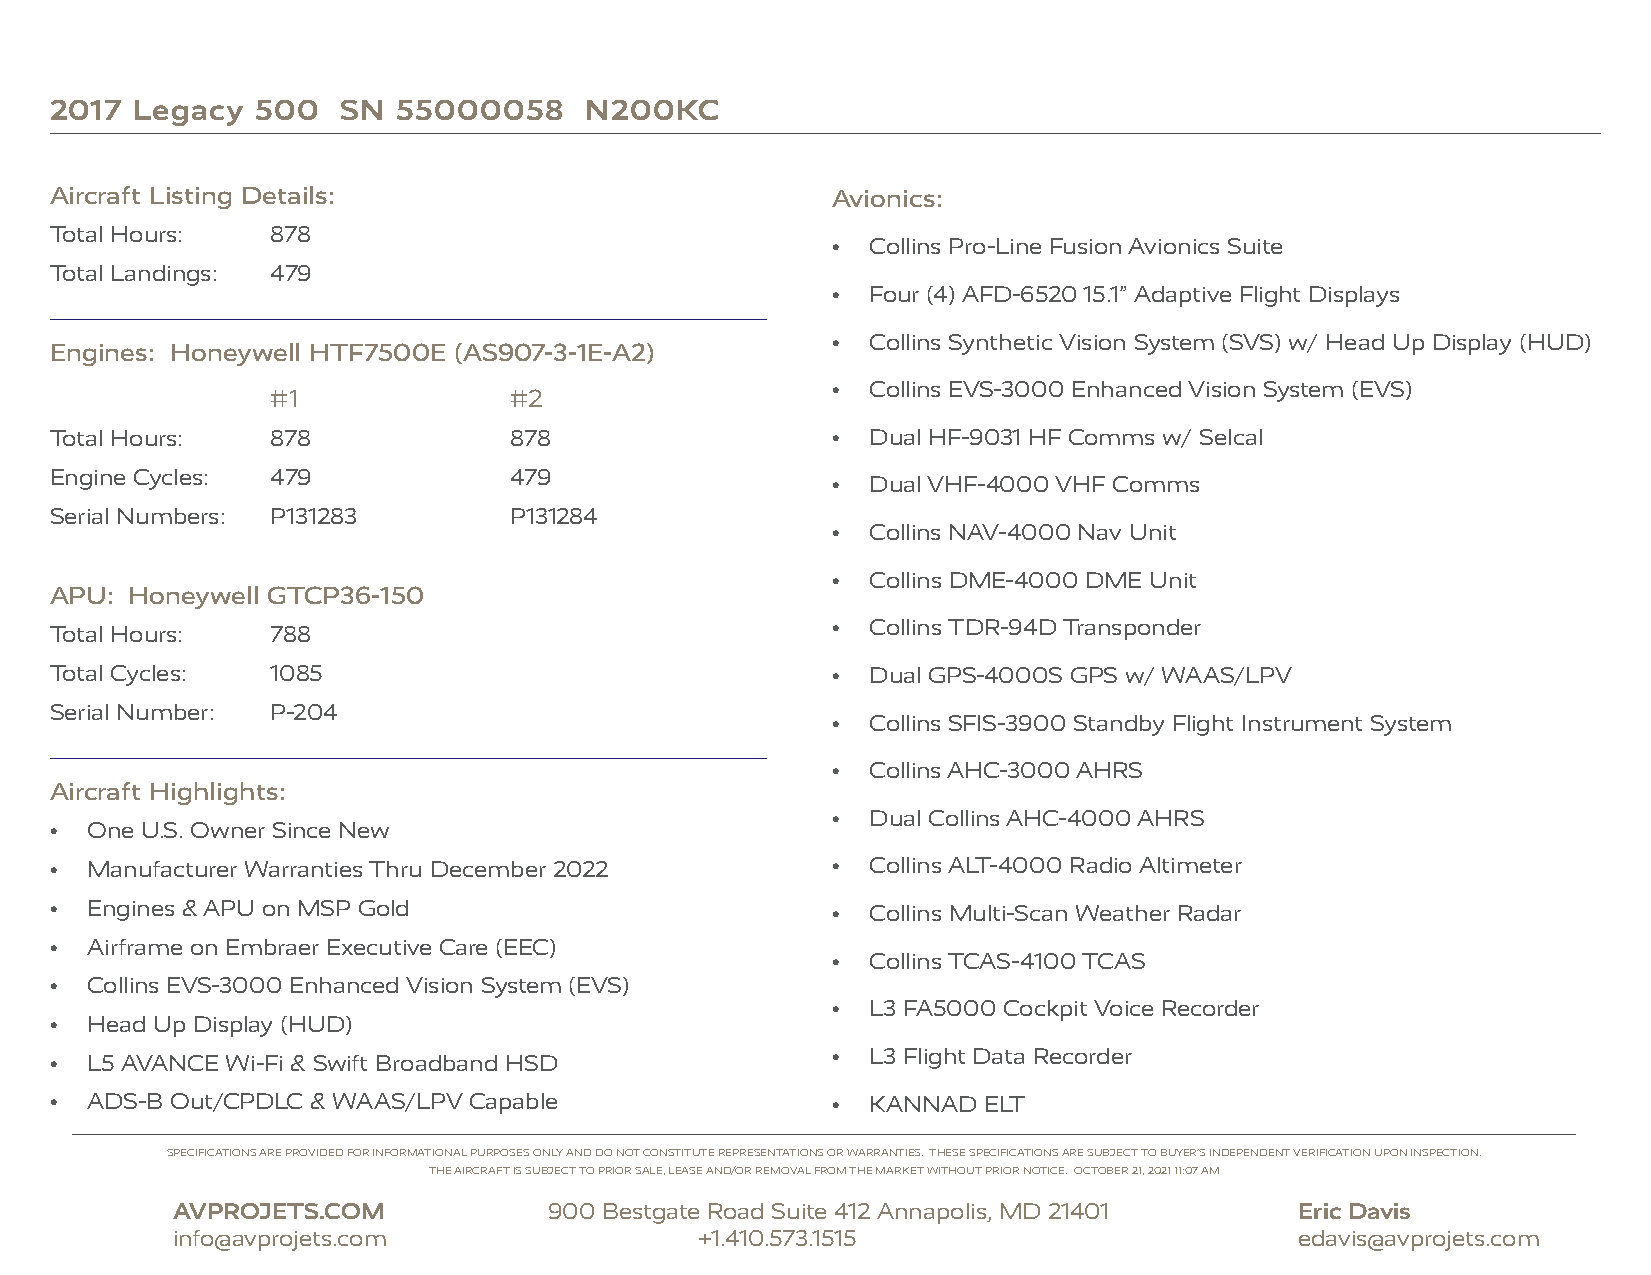
2017  Legacy  500   SN 55000058     N200KC
 Aircraft Listing Details:                           Avionics:
 Total Hours:   878
 •  Collins Pro-Line Fusion Avionics Suite
 Total Landings: 479
 •  Four (4) AFD-6520 15.1” Adaptive Flight Displays
 •  Collins Synthetic Vision System (SVS) w/ Head Up Display (HUD)
 Engines: Honeywell HTF7500E (AS907-3-1E-A2)
 #1              #2
 •  Collins EVS-3000 Enhanced Vision System (EVS)
 Total Hours:   878             878                  •  Dual HF-9031 HF Comms w/ Selcal
 Engine Cycles: 479             479
 •  Dual VHF-4000 VHF Comms
 Serial Numbers: P131283        P131284
 •  Collins NAV-4000 Nav Unit
 •  Collins DME-4000 DME Unit
 APU:  Honeywell GTCP36-150
 •  Collins TDR-94D Transponder
 Total Hours:   788
 Total Cycles:  1085                                 •  Dual GPS-4000S GPS w/ WAAS/LPV
 Serial Number: P-204
 •  Collins SFIS-3900 Standby Flight Instrument System
 •  Collins AHC-3000 AHRS
 Aircraft Highlights:
 •  Dual Collins AHC-4000 AHRS
 •  One U.S. Owner Since New
 •  Manufacturer Warranties Thru December 2022       •  Collins ALT-4000 Radio Altimeter
 •  Engines & APU on MSP Gold                        •  Collins Multi-Scan Weather Radar
 •  Airframe on Embraer Executive Care (EEC)
 •  Collins TCAS-4100 TCAS
 •  Collins EVS-3000 Enhanced Vision System (EVS)
 •  L3 FA5000 Cockpit Voice Recorder
 •  Head Up Display (HUD)
 •  L3 Flight Data Recorder
 •  L5 AVANCE Wi-Fi & Swift Broadband HSD
 •  ADS-B Out/CPDLC & WAAS/LPV Capable               •  KANNAD ELT
 SPECIFICATIONS ARE PROVIDED FOR INFORMATIONAL PURPOSES ONLY AND DO NOT CONSTITUTE REPRESENTATIONS OR WARRANTIES. THESE SPECIFICATIONS ARE SUBJECT TO BUYER’S INDEPENDENT VERIFICATION UPON INSPECTION.
 THE AIRCRAFT IS SUBJECT TO PRIOR SALE, LEASE AND/OR REMOVAL FROM THE MARKET WITHOUT PRIOR NOTICE. OCTOBER 21, 2021 11:07 AM
 AVPROJETS.COM            900 Bestgate Road Suite 412 Annapolis, MD 21401   Eric Davis
 info@avprojets.com                 +1.410.573.1515                         edavis@avprojets.com